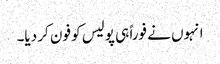
انہوں نے فوراً ہی پولیس کو فون کر دیا۔